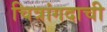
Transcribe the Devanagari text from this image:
चित्रांगदाची